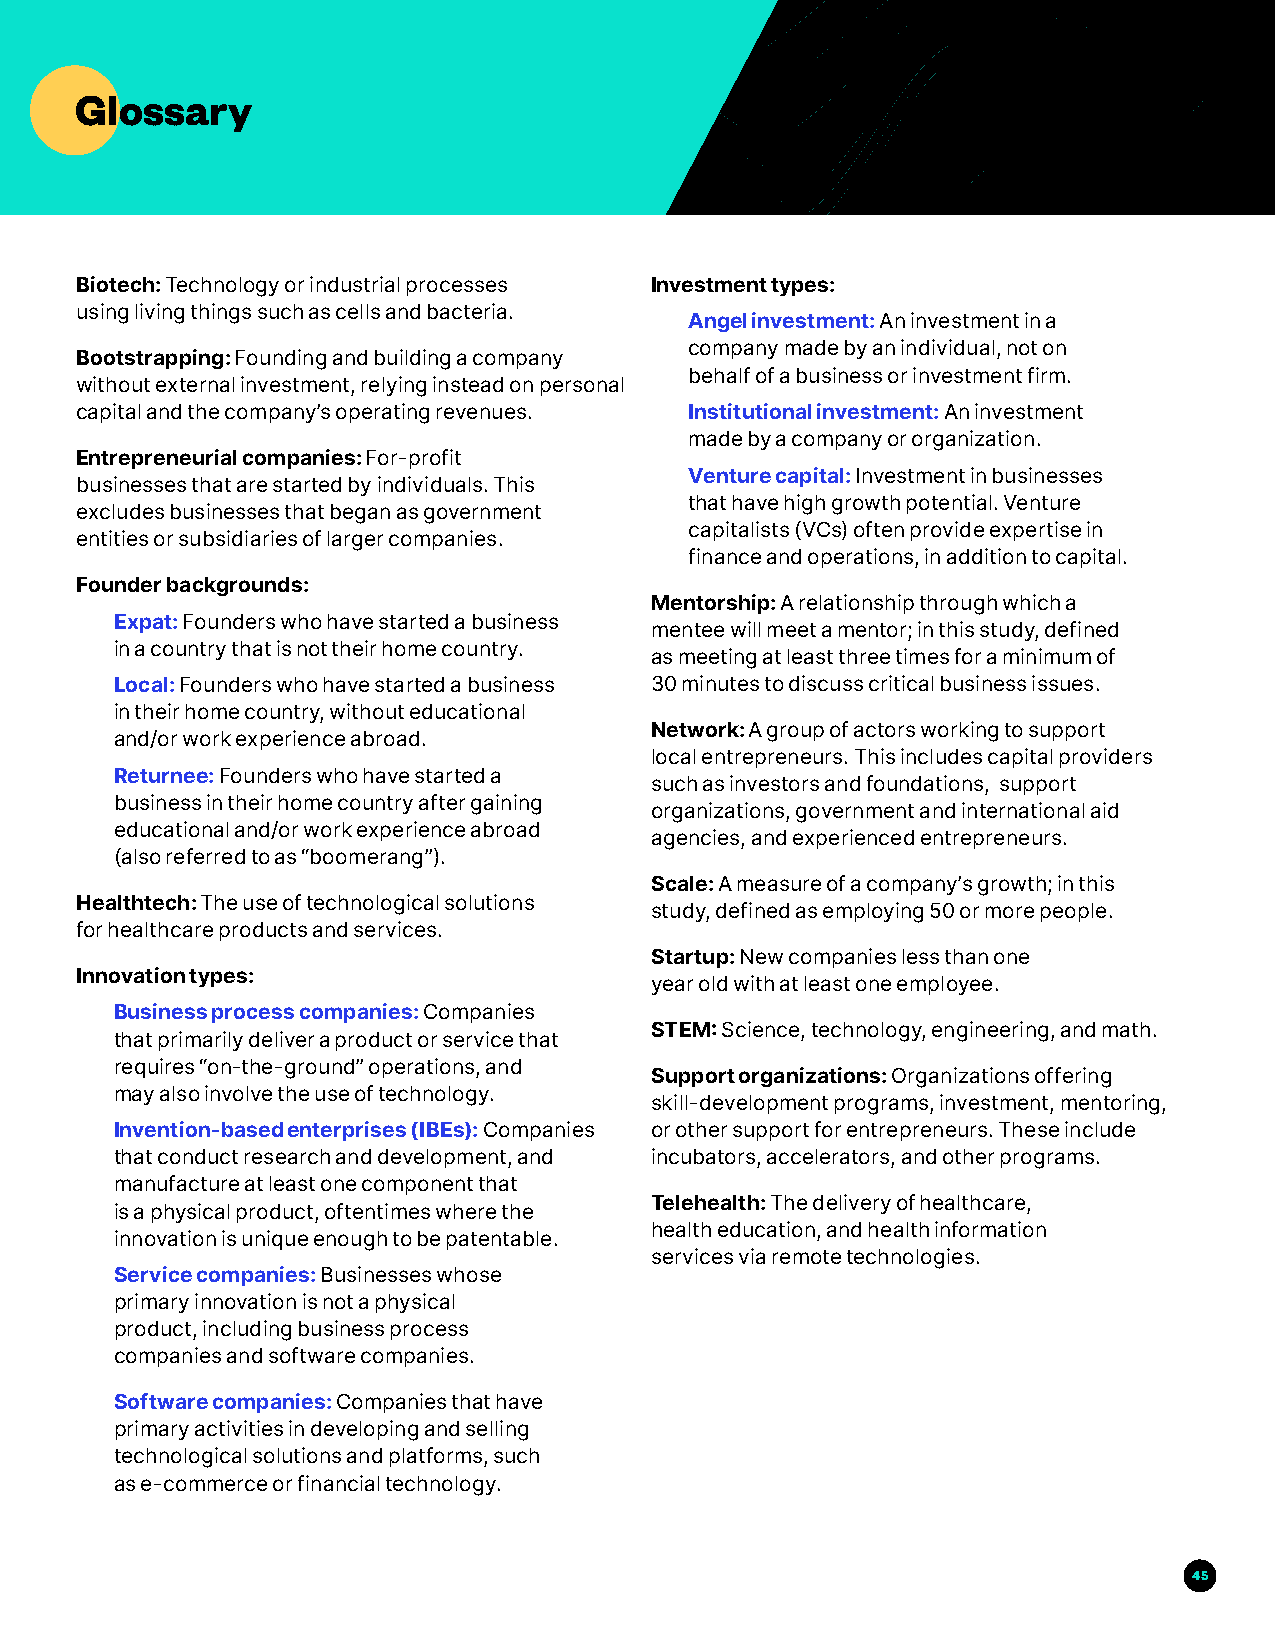
Glossary
 Biotech: Technology or industrial processes Investment types:
 using living things such as cells and bacteria.
 Angel investment: An investment in a
 company made by an individual, not on
 Bootstrapping: Founding and building a company
 behalf of a business or investment firm.
 without external investment, relying instead on personal
 capital and the company’s operating revenues. Institutional investment: An investment
 made by a company or organization.
 Entrepreneurial companies: For-profit
 Venture capital: Investment in businesses
 businesses that are started by individuals. This
 that have high growth potential. Venture
 excludes businesses that began as government
 capitalists (VCs) often provide expertise in
 entities or subsidiaries of larger companies.
 finance and operations, in addition to capital.
 Founder backgrounds:
 Mentorship: A relationship through which a
 Expat: Founders who have started a business
 mentee will meet a mentor; in this study, defined
 in a country that is not their home country.
 as meeting at least three times for a minimum of
 Local: Founders who have started a business 30 minutes to discuss critical business issues.
 in their home country, without educational
 Network: A group of actors working to support
 and/or work experience abroad.
 local entrepreneurs. This includes capital providers
 Returnee: Founders who have started a
 such as investors and foundations, support
 business in their home country after gaining
 organizations, government and international aid
 educational and/or work experience abroad
 agencies, and experienced entrepreneurs.
 (also referred to as “boomerang”).
 Scale: A measure of a company’s growth; in this
 Healthtech: The use of technological solutions
 study, defined as employing 50 or more people.
 for healthcare products and services.
 Startup: New companies less than one
 Innovation types:
 year old with at least one employee.
 Business process companies: Companies
 STEM: Science, technology, engineering, and math.
 that primarily deliver a product or service that
 requires “on-the-ground” operations, and
 Support organizations: Organizations offering
 may also involve the use of technology.
 skill-development programs, investment, mentoring,
 Invention-based enterprises (IBEs): Companies or other support for entrepreneurs. These include
 that conduct research and development, and incubators, accelerators, and other programs.
 manufacture at least one component that
 Telehealth: The delivery of healthcare,
 is a physical product, oftentimes where the
 health education, and health information
 innovation is unique enough to be patentable.
 services via remote technologies.
 Service companies: Businesses whose
 primary innovation is not a physical
 product, including business process
 companies and software companies.
 Software companies: Companies that have
 primary activities in developing and selling
 technological solutions and platforms, such
 as e-commerce or financial technology.
 45